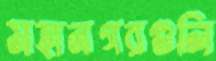
মহানগরগুলি